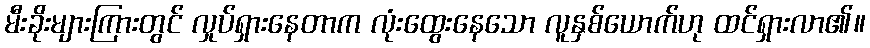
မီးခိုးများကြားတွင် လှုပ်ရှားနေတာက လုံးထွေးနေသော လူနှစ်ယောက်ဟု ထင်ရှားလာ၏။